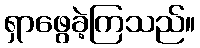
ရှာဖွေခဲ့ကြသည်။